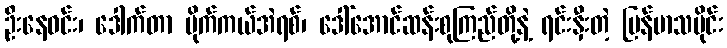
ဦးနေဝင်း၊ ဒေါက်တာ မိုက်ကယ်အဲရစ်၊ ဒေါ်အောင်ဆန်းစုကြည်တို့နဲ့ ရင်းနှီးတဲ့ မြန်မာသမိုင်း